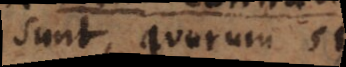
sunt, quorum si